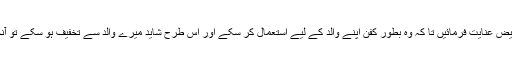
اسی طرح انہوں نےیہ بھی درخواست کی کہ آپؐ اپنی قمیض عنایت فرمائیں تا کہ وہ بطور کفن اپنے والد کے لیے استعمال کر سکے اور اس طرح شاید میرے والد سے تخفیف ہو سکے تو آنحضور صلی اللہ علیہ وسلم نے اسے کرتہ عنایت فرمایا۔